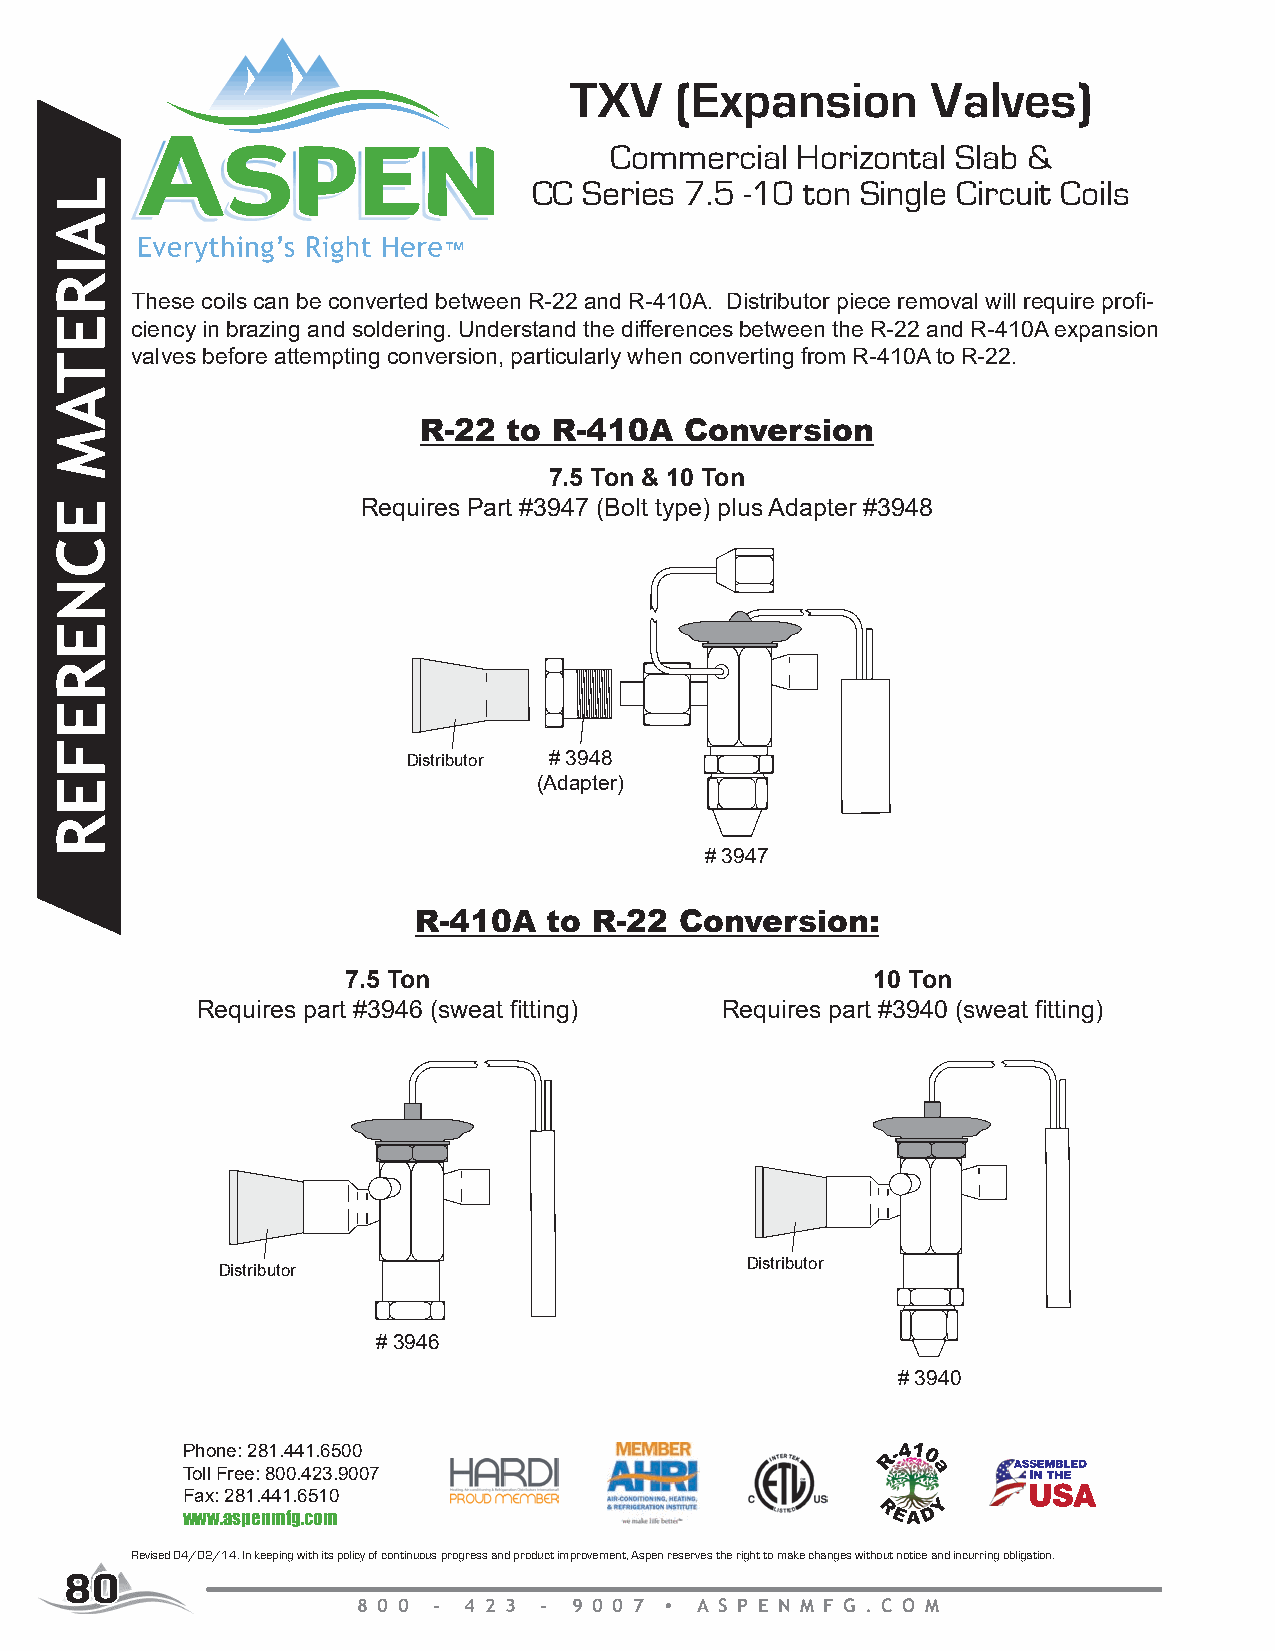
TXV    (Expansion       Valves)
 Commercial   Horizontal Slab &
 CC  Series 7.5 -10 ton Single Circuit Coils
 These coils can be converted between R-22 and R-410A. Distributor piece removal will require profi-
 ciency in brazing and soldering. Understand the differences between the R-22 and R-410A expansion
 valves before attempting conversion, particularly when converting from R-410A to R-22.
 R-22  to R-410A  Conversion
 7.5 Ton & 10 Ton
 Requires Part #3947 (Bolt type) plus Adapter #3948
 Distributor # 3948
 (Adapter)
 # 3947
 R-410A   to R-22  Conversion:
 7.5 Ton                            10 Ton
 Requires part #3946 (sweat fitting) Requires part #3940 (sweat fitting)
 Distributor
 Distributor
 # 3946
 # 3940
 Phone: 281.441.6500
 Toll Free: 800.423.9007
 Fax: 281.441.6510
 www.aspenmfg.com
 Revised 04/02/14. In keeping with its policy of continuous progress and product improvement, Aspen reserves the right to make changes without notice and incurring obligation.
 8800
 8 0 0 - 4 2 3 - 9 0 0 7 A S P E N M F G . C O M
 LAIRETAM
 ECNEREFER